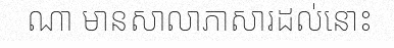
ណា មានសាលាភាសារដល់នោះ